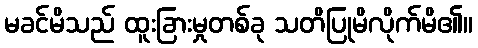
မခင်မိသည် ထူးခြားမှုတစ်ခု သတိပြုမိလိုက်မိ၏။